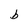
Character: b